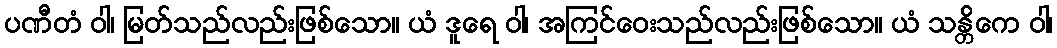
ပဏီတံ ဝါ၊ မြတ်သည်လည်းဖြစ်သော။ ယံ ဒူရေ ဝါ၊ အကြင်ဝေးသည်လည်းဖြစ်သော။ ယံ သန္တိကေ ဝါ၊